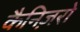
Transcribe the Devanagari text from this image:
कैनिज़रो